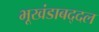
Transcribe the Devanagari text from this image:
भूखंडाबद्दल